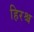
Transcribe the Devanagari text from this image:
हिरश्च